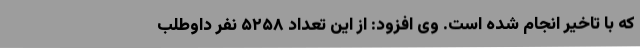
که با تاخیر انجام شده است. وی افزود: از این تعداد ۵۲۵۸ نفر داوطلب